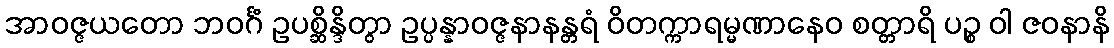
အာဝဇ္ဇယတော ဘဝင်္ဂံ ဥပစ္ဆိန္ဒိတွာ ဥပ္ပန္နာဝဇ္ဇနာနန္တရံ ဝိတက္ကာရမ္မဏာနေဝ စတ္တာရိ ပဉ္စ ဝါ ဇဝနာနိ